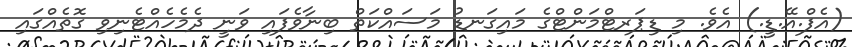
(އެފް.އޭ.ޑީ.) އެވެ. މި ޑިޕަރޓްމަންޓްގެ މައިގަނޑު މަސައްކަތް ބިނާވެފައި ވަނީ ދެމެހެއްޓެނިވި ގޮތެއްގައި